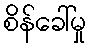
စိန်ခေါ်မှု